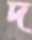
দ